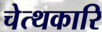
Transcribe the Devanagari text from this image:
चेत्थकारि